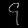
Digit: ၄